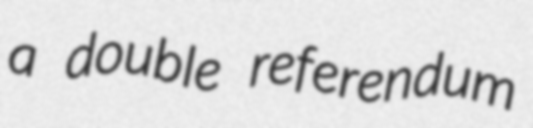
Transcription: a double referendum